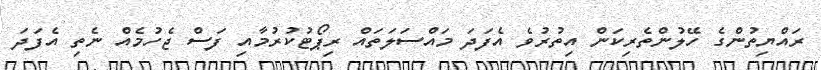
ރައްޔިތުންގެ ހޭލުންތެރިކަން އިތުރުވެ އެފަދަ މައްސަލަތައް ރިޕޯޓުކުރުމާއި ފަސް ޖެހުމެއް ނެތި އެފަދަ